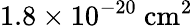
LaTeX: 1.8\times 10^{-20}~\mathrm{cm}^{2}